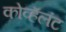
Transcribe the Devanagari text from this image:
कोव्हॅलंट